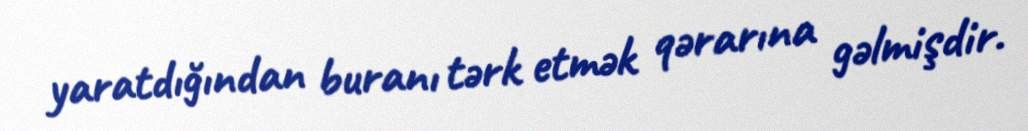
yaratdığından buranı tərk etmək qərarına gəlmişdir.